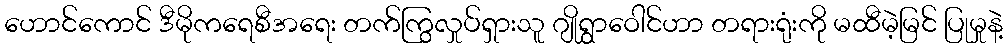
ဟောင်ကောင် ဒီမိုကရေစီအရေး တက်ကြွလှုပ်ရှားသူ ဂျိုရွှာဝေါင်ဟာ တရားရုံးကို မထီမဲ့မြင် ပြုမှုနဲ့